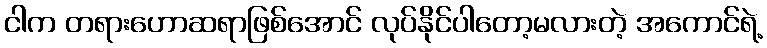
ငါက တရားဟောဆရာဖြစ်အောင် လုပ်နိုင်ပါတော့မလားတဲ့ အကောင်ရဲ့